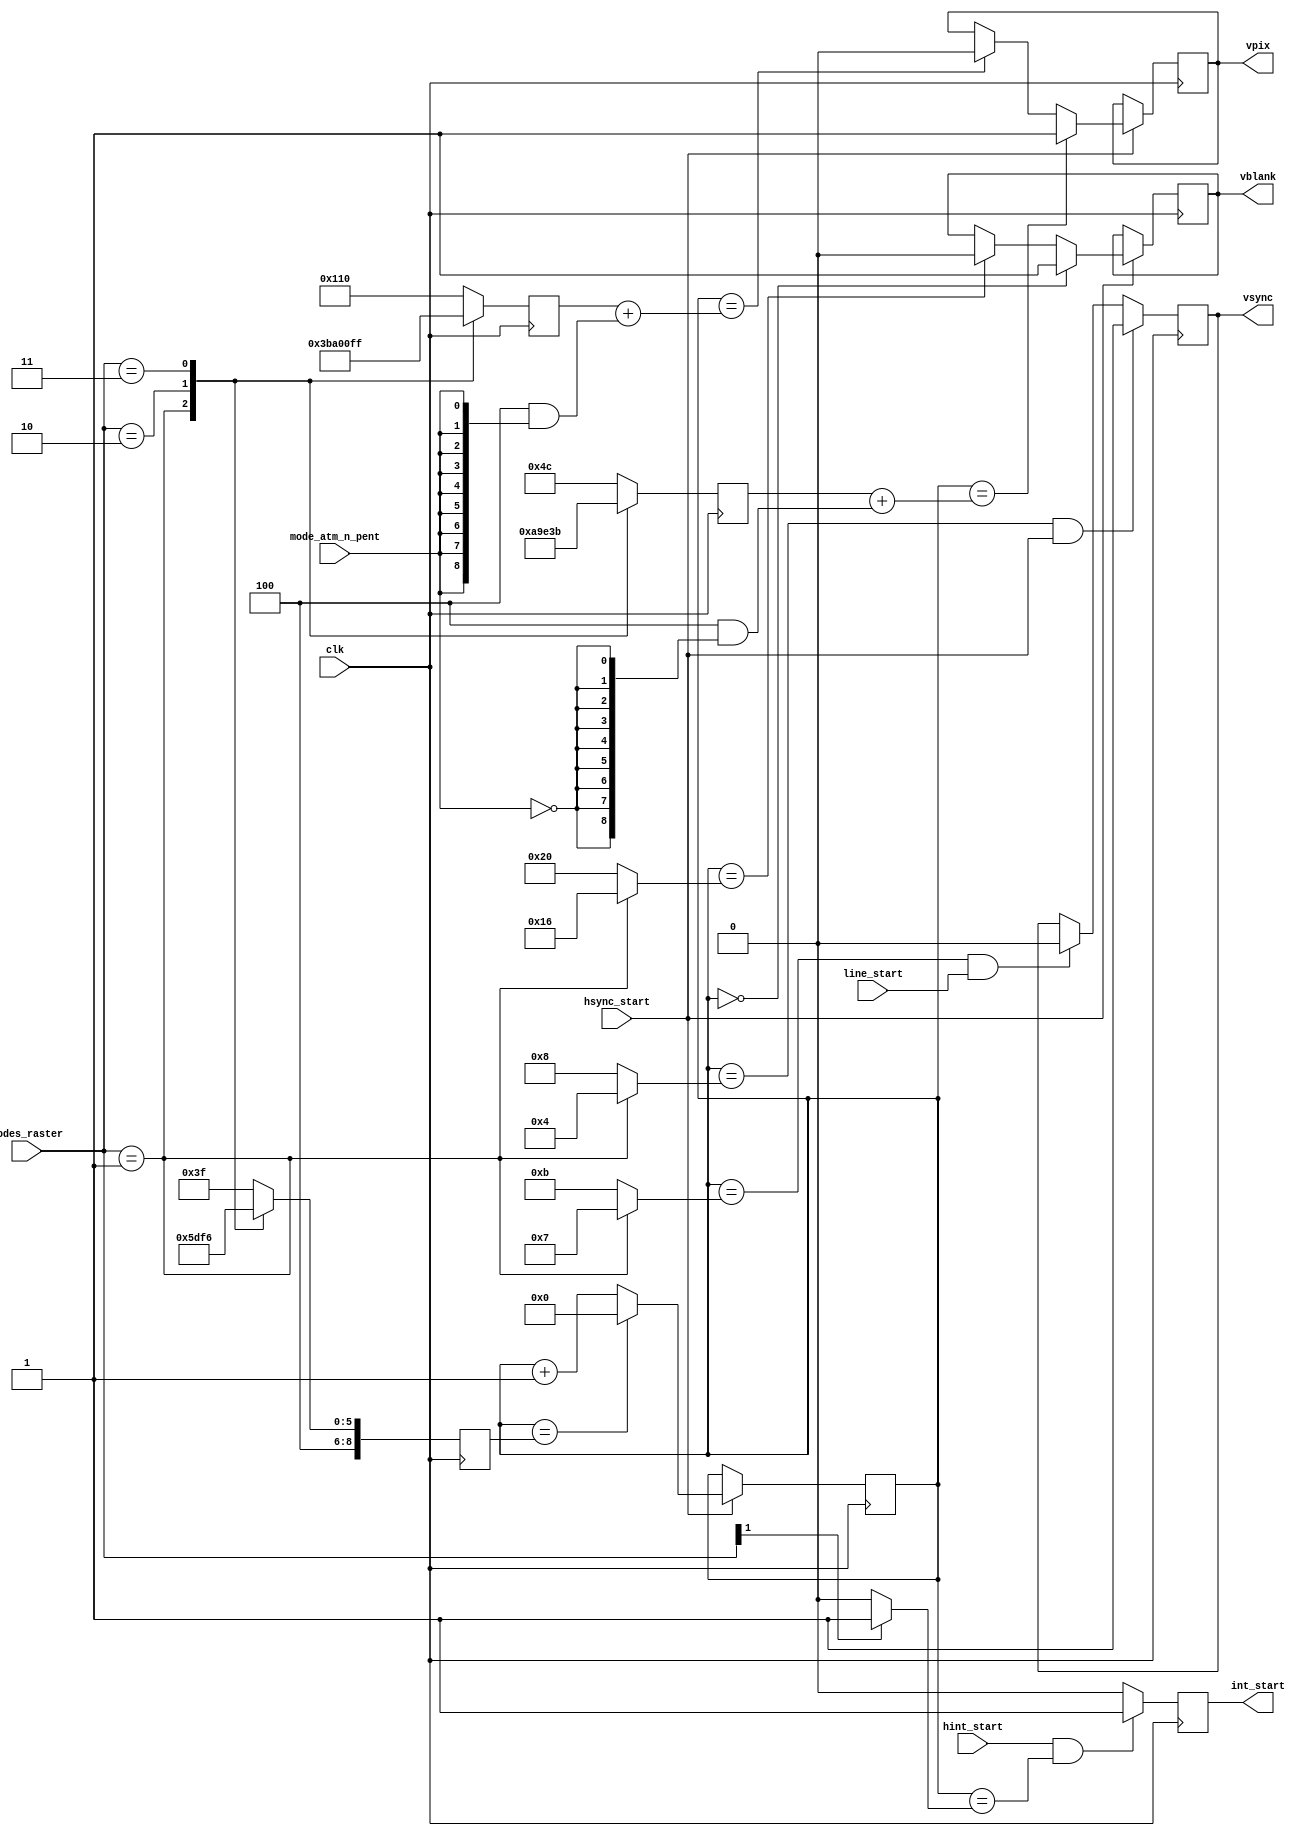
module video_sync_v_1(
	input  wire        clk,
	input  wire        hsync_start, 
	input  wire        line_start,  
	input  wire        hint_start,
	input  wire        mode_atm_n_pent,
	input  wire [ 1:0] modes_raster,
	output reg         vblank,
	output reg         vsync,
	output reg         int_start, 
	output reg         vpix 
);
	localparam VBLNK_BEG = 9'd00;
	localparam VSYNC_BEG_50HZ = 9'd08;
	localparam VSYNC_END_50HZ = 9'd11;
	localparam VBLNK_END_50HZ = 9'd32;
	localparam VSYNC_BEG_60HZ = 9'd04;
	localparam VSYNC_END_60HZ = 9'd07;
	localparam VBLNK_END_60HZ = 9'd22;
	localparam VPIX_BEG_PENTAGON = 9'd076; 
	localparam VPIX_END_PENTAGON = 9'd272; 
	localparam VPIX_BEG_60HZ     = 9'd042;
	localparam VPIX_END_60HZ     = 9'd238;
	localparam VPIX_BEG_48K      = 9'd060;
	localparam VPIX_END_48K      = 9'd256;
	localparam VPIX_BEG_128K     = 9'd059;
	localparam VPIX_END_128K     = 9'd255;
	localparam VPERIOD_PENTAGON = 9'd320;
	localparam VPERIOD_60HZ     = 9'd262;
	localparam VPERIOD_48K      = 9'd312;
	localparam VPERIOD_128K     = 9'd311;
	localparam INT_BEG      = 9'd0;
	localparam INT_BEG_48K  = 9'd1;
	localparam INT_BEG_128K = 9'd1;
	reg [8:0] vcount;
	reg [8:0] vperiod;
	reg [8:0] vpix_beg;
	reg [8:0] vpix_end;
	initial 
	begin
		vcount = 9'd0;
		vsync = 1'b0;
		vblank = 1'b0;
		vpix = 1'b0;
		int_start = 1'b0;
		vperiod = 'd0;
		vpix_beg = 'd0;
		vpix_end = 'd0;
	end
	always @(posedge clk)
	case( modes_raster )
		default: vperiod <= VPERIOD_PENTAGON - 9'd1;
		2'b01:   vperiod <= VPERIOD_60HZ     - 9'd1;
		2'b10:   vperiod <= VPERIOD_48K      - 9'd1;
		2'b11:   vperiod <= VPERIOD_128K     - 9'd1;
	endcase
	always @(posedge clk)
	case( modes_raster )
		default: vpix_beg <= VPIX_BEG_PENTAGON;
		2'b01:   vpix_beg <= VPIX_BEG_60HZ    ;
		2'b10:   vpix_beg <= VPIX_BEG_48K     ;
		2'b11:   vpix_beg <= VPIX_BEG_128K    ;
	endcase
	always @(posedge clk)
	case( modes_raster )
		default: vpix_end <= VPIX_END_PENTAGON;
		2'b01:   vpix_end <= VPIX_END_60HZ    ;
		2'b10:   vpix_end <= VPIX_END_48K     ;
		2'b11:   vpix_end <= VPIX_END_128K    ;
	endcase
	always @(posedge clk) if( hsync_start )
	begin
		if( vcount==vperiod )
		begin
			vcount <= 9'd0;
		end
		else
			vcount <= vcount + 9'd1;
	end
	always @(posedge clk) if( hsync_start )
	begin
		if( vcount==VBLNK_BEG )
			vblank <= 1'b1;
		else if( vcount==( (modes_raster==2'b01) ? VBLNK_END_60HZ : VBLNK_END_50HZ ) )
			vblank <= 1'b0;
	end
	always @(posedge clk)
	begin
		if( vcount==( modes_raster==2'b01 ? VSYNC_BEG_60HZ : VSYNC_BEG_50HZ ) && hsync_start )
			vsync <= 1'b1;
		else if( vcount==( modes_raster==2'b01 ? VSYNC_END_60HZ : VSYNC_END_50HZ ) && line_start  )
			vsync <= 1'b0;
	end
	always @(posedge clk)
	begin
		if( hint_start && vcount==( modes_raster[1] ? (modes_raster[0] ? INT_BEG_128K : INT_BEG_48K) : INT_BEG ) )
			int_start <= 1'b1;
		else
			int_start <= 1'b0;
	end
	always @(posedge clk) if( hsync_start )
	begin
		if( vcount==(vpix_beg + (9'd4 & {9{~mode_atm_n_pent}})) )
			vpix <= 1'b1;
		else if( vcount==(vpix_end + (9'd4 & {9{mode_atm_n_pent}})) )
			vpix <= 1'b0;
	end
endmodule